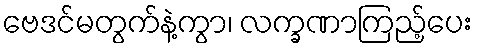
ဗေဒင်မတွက်နဲ့ကွာ၊ လက္ခဏာကြည့်ပေး